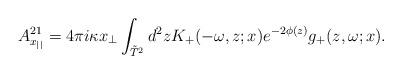
LaTeX: \begin{align*}A_{x_{||}}^{21}=4\pi i\kappa x_\perp\int_{\tilde T^2} d^2zK_+(-\omega,z;x)e^{-2\phi(z)}g_+(z,\omega;x).\end{align*}